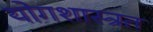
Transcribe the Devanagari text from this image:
योगशास्त्रत